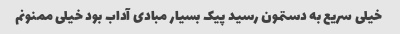
خیلی سریع به دستمون رسید پیک بسیار مبادی آداب بود خیلی ممنونم